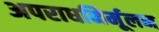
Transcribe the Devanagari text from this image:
अपराधनिर्मूलन